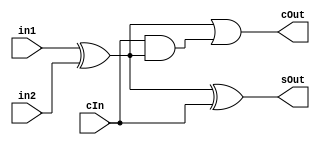
module fullAdder(sOut, cOut, in1, in2, cIn);

output sOut, cOut;
input in1, in2, cIn;

assign sOut = in1 ^ in2 ^ cIn;
assign cOut = (in1 ^ in2) || (cIn && (in1 ^ in2));

endmodule